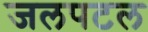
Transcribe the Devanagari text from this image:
जलपटल